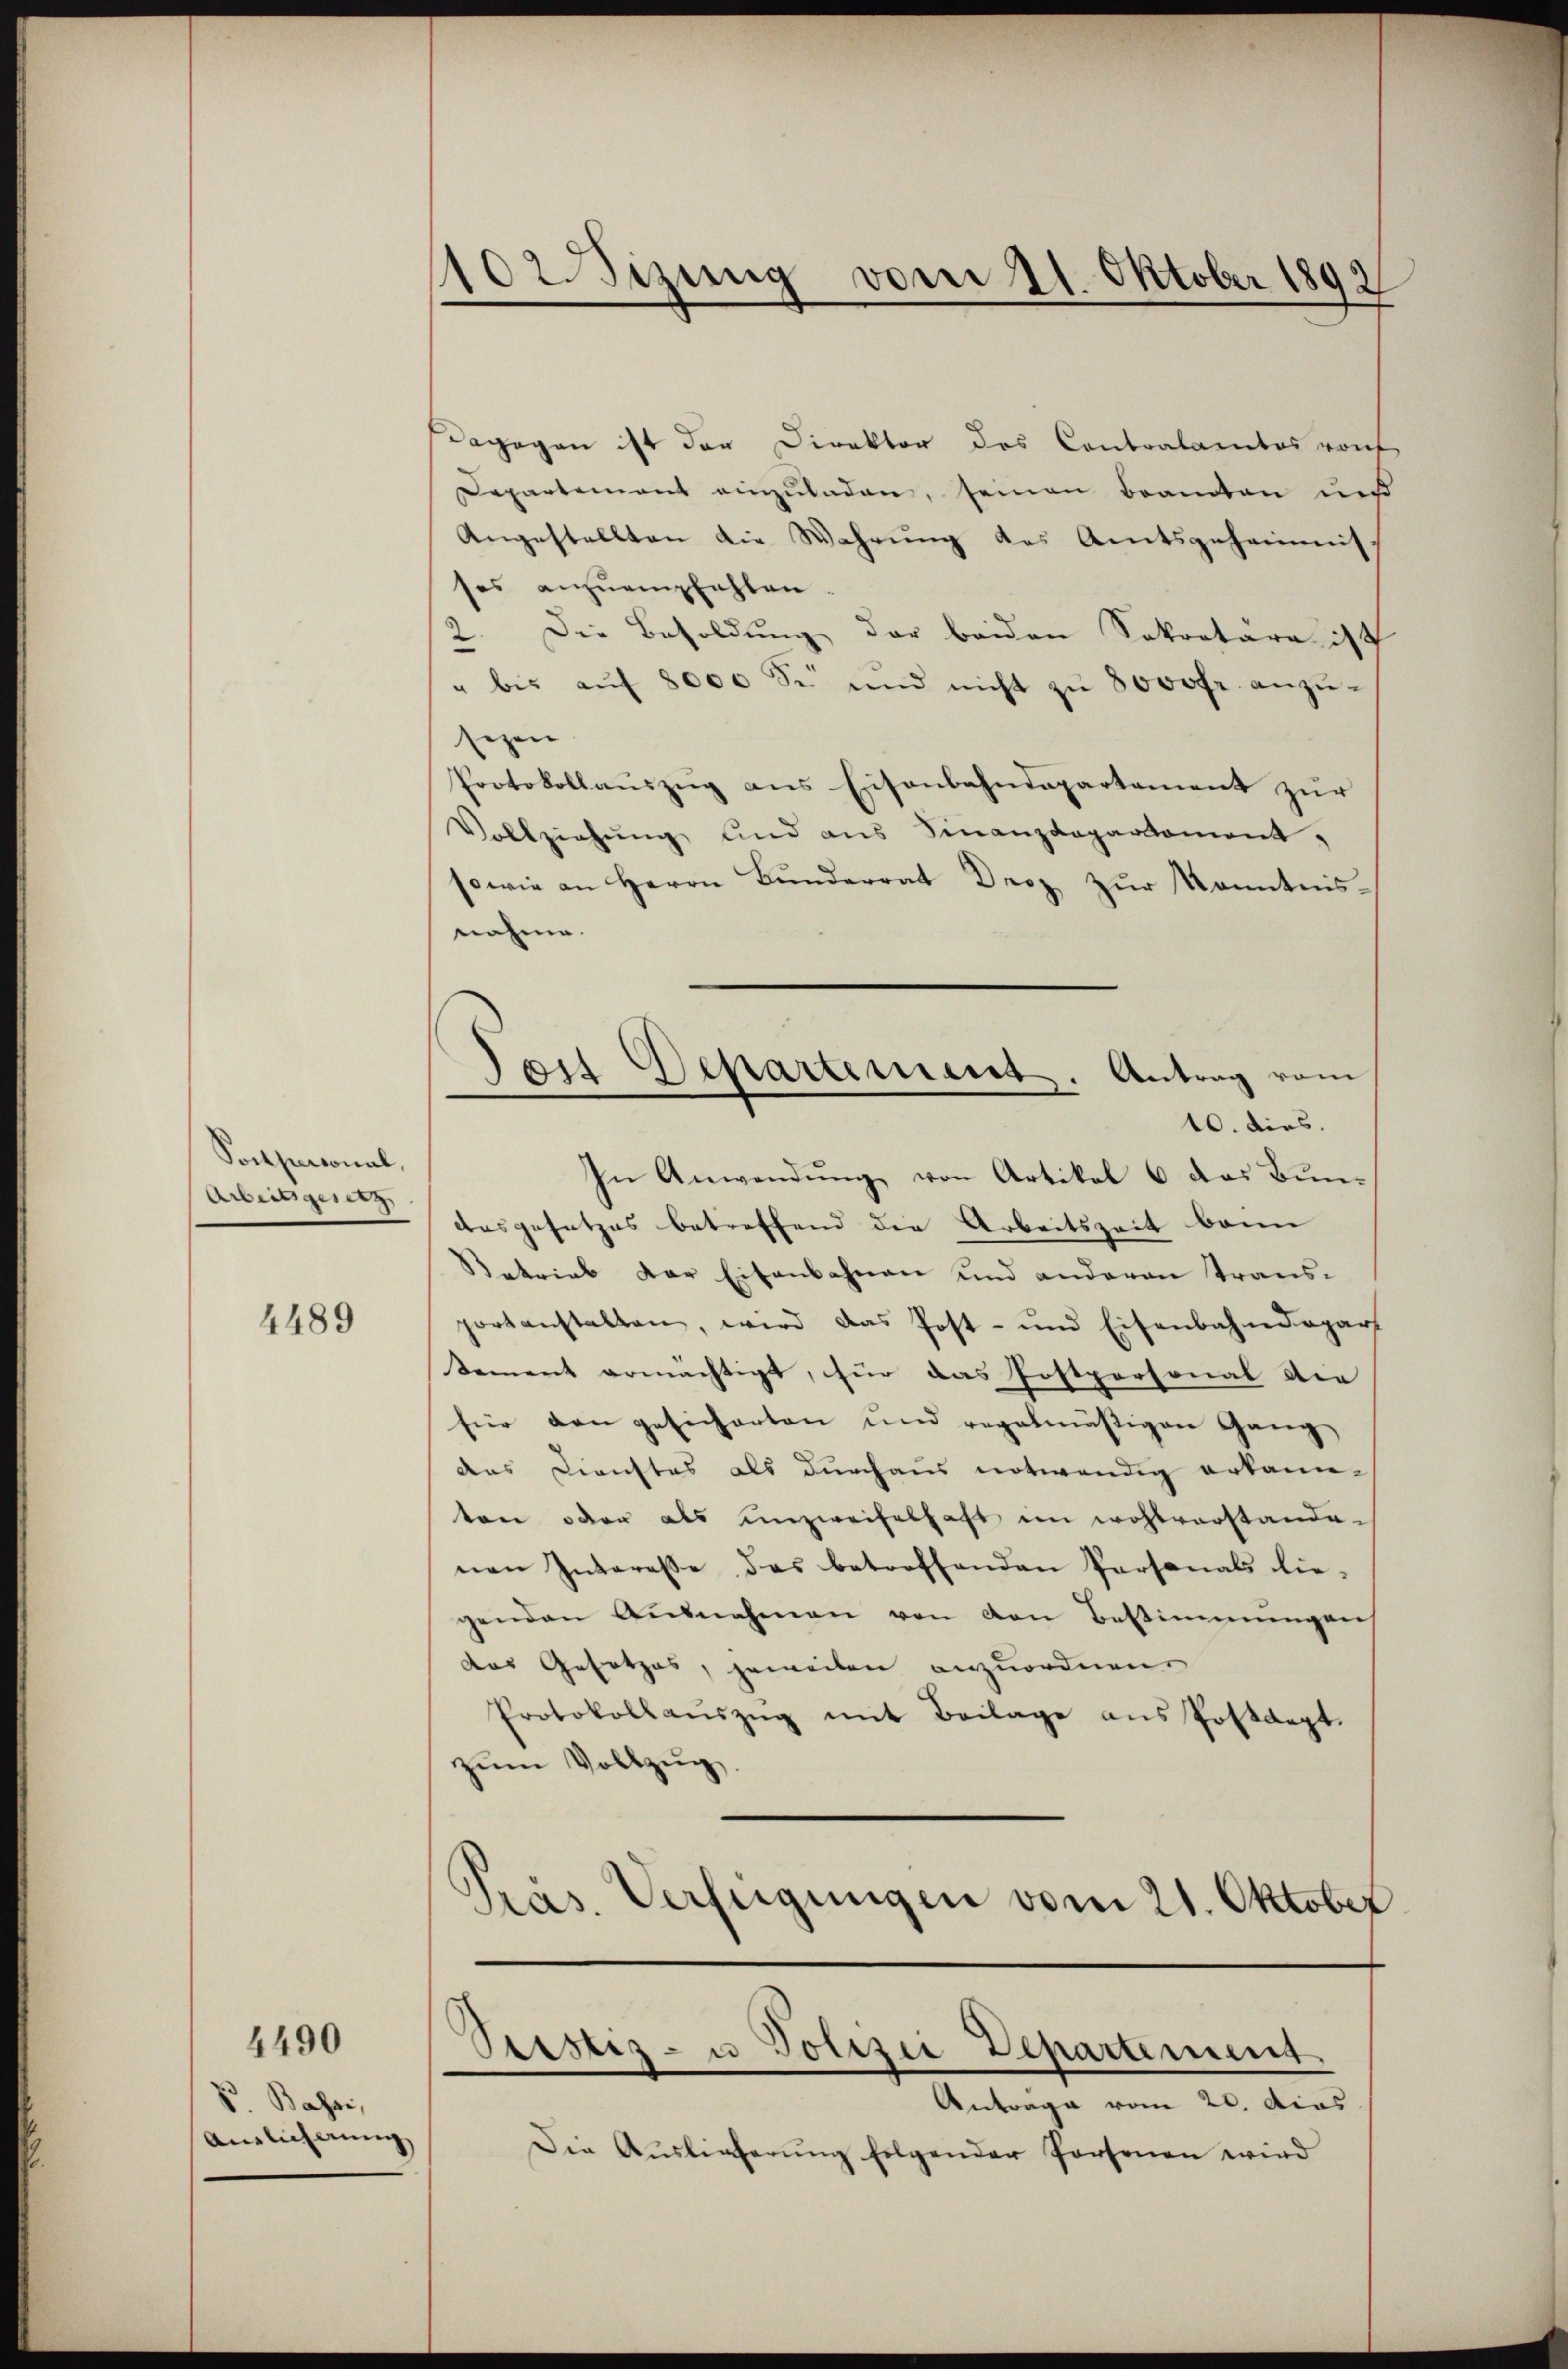
Postpersonal,
Artengesetz

4489

So Bassi,
Auslicherung

4490

102 Sizung vom 21. Oktober 1892

Dagegen ist der Direktor des Contralamtes von
Departement einzuladen, seinen Brandten und
Angestellten die Wahrung des Amtsgeheimis
ses anzuempfehlen
Die Besoldung der beiden Sekretäre ist
e
e
" bis aŭf 8000 Se und nicht zŭ 8000fr. anzŭ-
sezen
Protokollauszug aus Eisenbahndepartement zur
Vollziehŭng und ans Finanzdepartement,
sowie an Herrn Bŭnderrat Droz zŭr Kenntnisnahme.
In Anwendung von Artikel 6 das Bundesgesetzes betreffend die Arbeitszeit bann
Betrieb der Eisenbahnen und anderen transportanstalten, wird das Post- und Eisenbahndepart
Sement ermächtigt, für das Fostpersonal die
für den gesicherten ŭnd regelmäβigen Gang
das Dienstes als durchaus notwendig erkannten oder als unzweifelhaft im wohlvorstande-
nen Interesse das betreffenden Personals die-
genden Ausnahmen von den Bestimmungen
das Gesetzes, jeweilen anzuordnen.
Protokollaŭszŭg mit Beilage ans Postdept.
zŭm Vollzŭg.
Pras. Verfügungen vom 21. Oktober

Den Departement. Antrag vom
10. dies.

Seestes- u Polizei Departement

Antrage vom 20. dies
Die Auslieferŭng folgender Personen wird